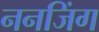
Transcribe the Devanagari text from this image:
ननजिंग